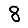
Digit: 8